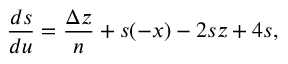
\frac { d s } { d u } = \frac { \Delta z } { n } + s ( - x ) - 2 s z + 4 s ,